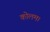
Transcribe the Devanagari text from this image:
कोलम।